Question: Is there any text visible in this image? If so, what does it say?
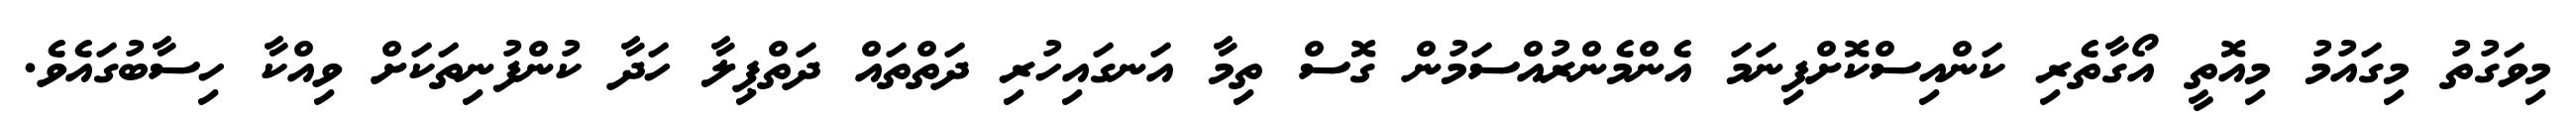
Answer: މިވަގުތު މިގައުމު މިއޮތީ އޯގާތެރި ކަންއިސްކޮށްފިނަމަ އެންމެންރުއްސަމުން ގޮސް ތިމާ އަނގައިހުރި ދަތްތައް ދަތްޕިލާ ހަދާ ކުންފުނިތަކަށް ވިއްކާ ހިސާބުގައެވެ.